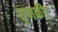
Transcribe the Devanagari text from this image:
तृणकीट